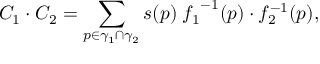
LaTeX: C _ { 1 } \cdot C _ { 2 } = \sum _ { p \in \gamma _ { 1 } \cap \gamma _ { 2 } } s ( p ) \; { f _ { 1 } } ^ { - 1 } ( p ) \cdot f _ { 2 } ^ { - 1 } ( p ) ,